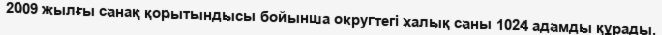
2009 жылғы санақ қорытындысы бойынша округтегі халық саны 1024 адамды құрады.